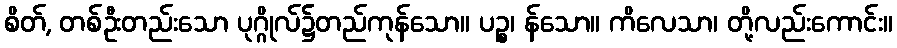
စိတ်, တစ်ဦးတည်းသော ပုဂ္ဂိုလ်၌တည်ကုန်သော။ ပဉ္စ၊ န်သော။ ကိလေသာ၊ တို့လည်းကောင်း။